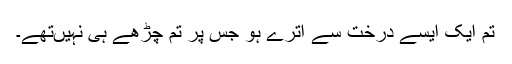
تم ایک ایسے درخت سے اترے ہو جس پر تم چڑھے ہی نہیں‌تھے۔